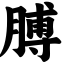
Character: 膊